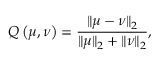
Q \left( \mu , \nu \right) = \frac { \| \mu - \nu \| _ { 2 } } { \| \mu \| _ { 2 } + \| \nu \| _ { 2 } } ,